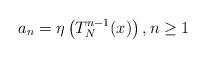
LaTeX: \begin{align*}a_n= \eta\left(T_N^{n-1}(x)\right), n \geq 1 \end{align*}